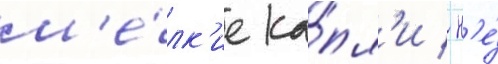
м'е́лк'ие ка́пл'и / н'е́